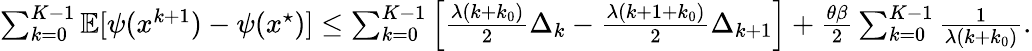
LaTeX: \begin{array}{r}{\sum_{k=0}^{K-1}\mathbb{E}[\psi(x^{k+1})-\psi(x^{\star})]\leq\sum_{k=0}^{K-1}\Big[\frac{\lambda(k+k_{0})}{2}\Delta_{k}-\frac{\lambda(k+1+k_{0})}{2}\Delta_{k+1}\Big]+\frac{\theta\beta}{2}\sum_{k=0}^{K-1}\frac{1}{\lambda(k+k_{0})}.}\end{array}